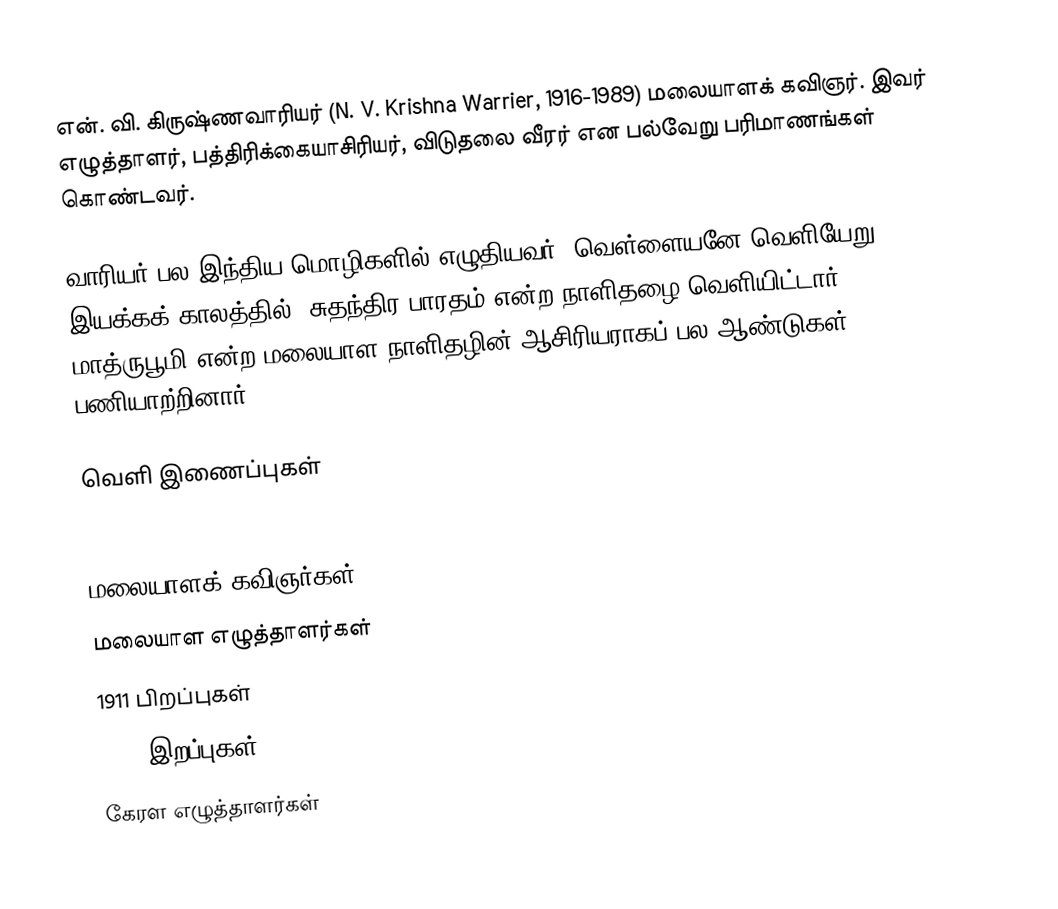
என். வி. கிருஷ்ணவாரியர் (N. V. Krishna Warrier, 1916-1989) மலையாளக் கவிஞர். இவர் எழுத்தாளர், பத்திரிக்கையாசிரியர், விடுதலை வீரர் என பல்வேறு பரிமாணங்கள் கொண்டவர்.

வாரியர் பல இந்திய மொழிகளில் எழுதியவர். வெள்ளையனே வெளியேறு இயக்கக் காலத்தில், சுதந்திர பாரதம் என்ற நாளிதழை வெளியிட்டார். மாத்ருபூமி என்ற மலையாள நாளிதழின் ஆசிரியராகப் பல ஆண்டுகள் பணியாற்றினார்.

வெளி இணைப்புகள்
FAMOUS VARIERS OF KERALA

மலையாளக் கவிஞர்கள்
மலையாள எழுத்தாளர்கள்
1911 பிறப்புகள்
1989 இறப்புகள்
கேரள எழுத்தாளர்கள்